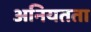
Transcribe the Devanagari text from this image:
अनियतता